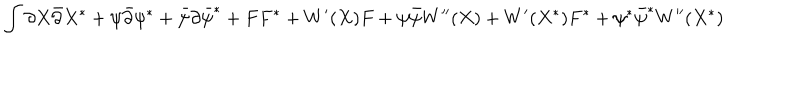
LaTeX: \int { \partial X \bar { \partial } X ^ { \ast } + \psi \bar { \partial } \psi ^ { \ast } + \bar { \psi } \partial \bar { \psi } ^ { \ast } + F F ^ { \ast } + W ^ { \prime } ( X ) F + \psi \bar { \psi } W ^ { \prime \prime } ( X ) + W ^ { \prime } ( X ^ { \ast } ) F ^ { \ast } + \psi ^ { \ast } \bar { \psi } ^ { \ast } W ^ { \prime \prime } ( X ^ { \ast } ) }